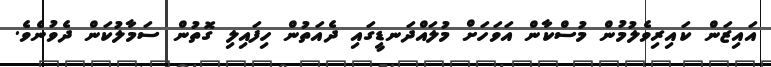
އައިޒަން ކައިރިވެލުމުން މުސްކާން އަވަހަށް މުލައްދަނޑީގައި ދެއަތުން ހިފައިލި ގޮތުން ސަމާލުކަން ދެވުނެވެ.